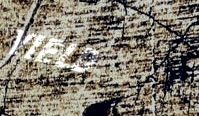
YIELD